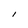
Character: I